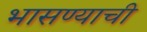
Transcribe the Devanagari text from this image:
भासण्याची